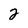
Character: 2